Vabadussoja_Ajaloo_Komitee, lk 5
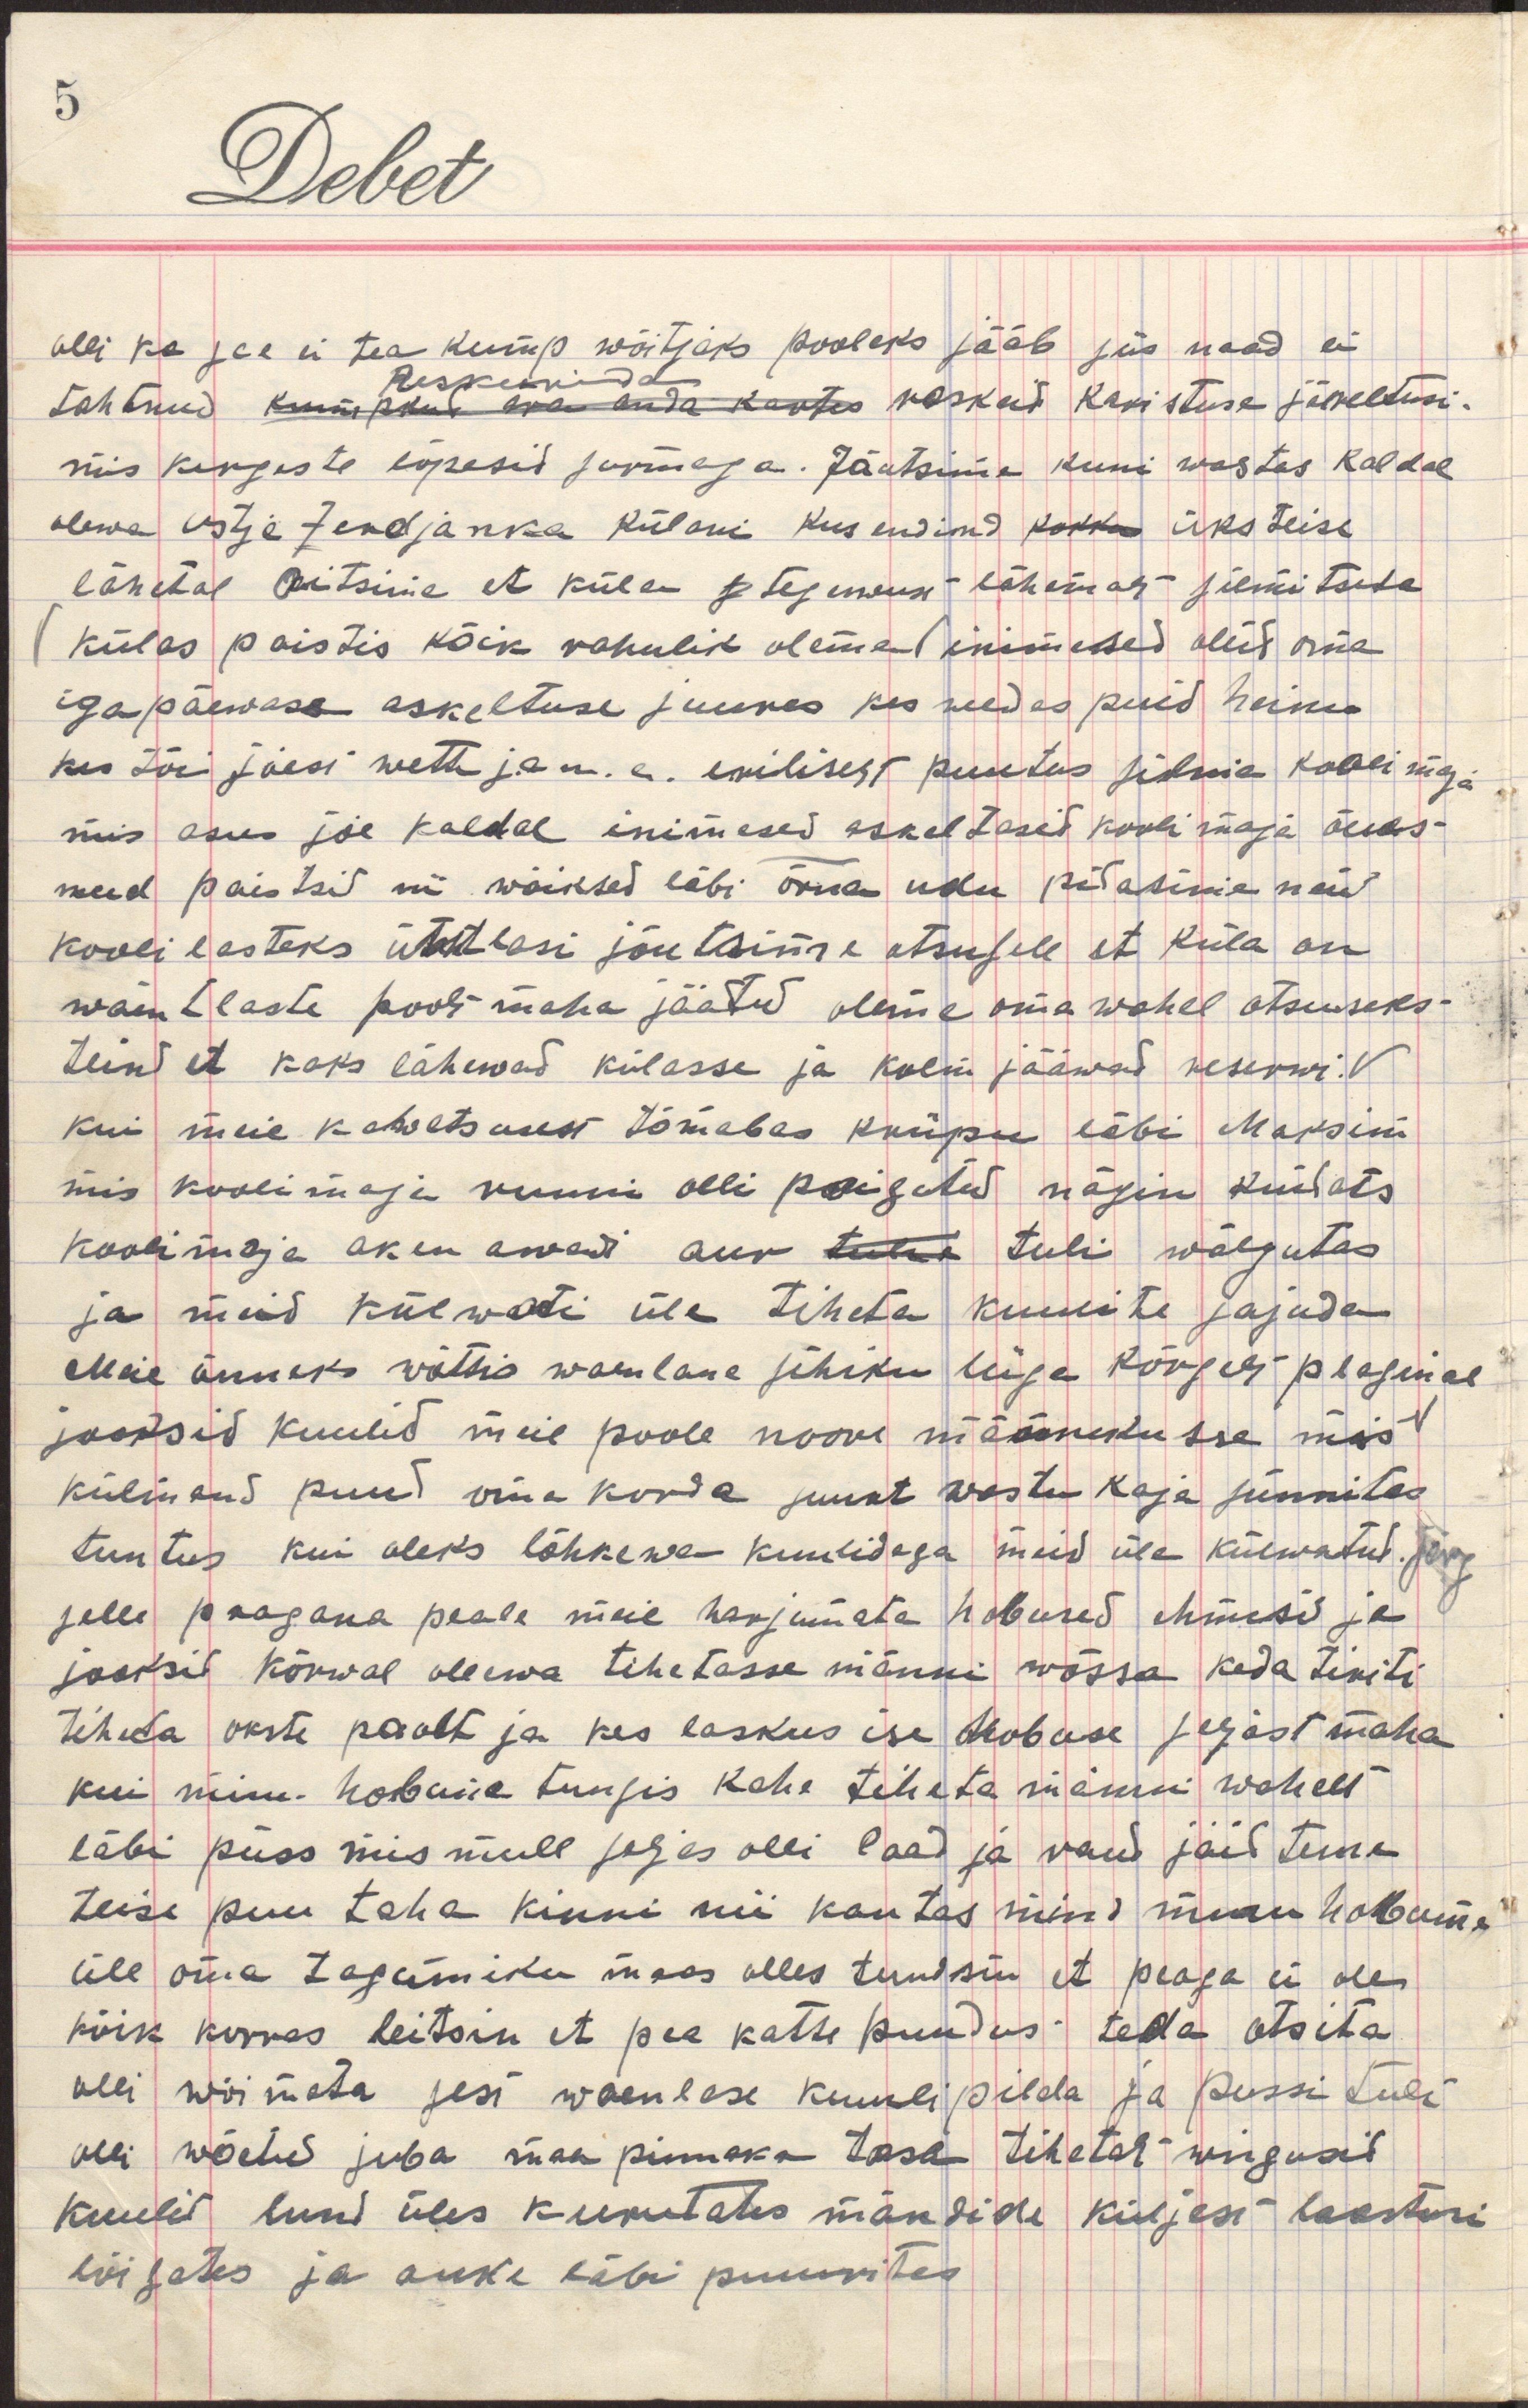
olli ka see ei tea kump wõitjaks jääb ja naad ei
tahtnud kumpkid ära anda kautes rasked karistuse järeldusi,
mis kergeste lõpesid surmaga. Jõutsime kuni wastas kaldal
olewa Ustje Zendjanka külani kus endind kokku üks teise
lähedal leitsime et küla tegewust lähemalt silmitseda
külas paistis kõik rahulik olema inimesed olid oma
igapäewase askeltuse juures kes wedas puid heina
kes tõi jõest wett ja n. e. eriliselt puutus silma kooli maja
mis asus jõe kaldal inimesed askeltasid kooli maja õues
need paistsid nii wäiksed läbi õrna udu pidasime neid
kooli lasteks ühtlasi jõutsime otsusele et küla on
waenllaste poolt maha jäetud oleme oma wahel otsuseks
teind et kaks lähewad külasse ja kolm jääwad reserwi.
Kui meie kahetsusest tõmabas kriipsu läbi Maksim
mis kooli maja ruumi olli paigutud nägin kuidats
koolimaja aken awadi aur tulwa tuli wälgutas
ja meid külwati üle tiheda kuulite sajuda
Meie õnneks wõttis waenlane sihiku liiga kõrgelt plaginal
jaotsid kuulid meie poole noore männikusse mis
külmend puud oma korda suurt wastu kaja sünnitas
tuntus kui oleks lõhkewe-kuulidega meid üle külwatud
selle pragana peale meie harjumata hobused ehmusid ja 
jooksid kõrwal olewa tihetasse männi wõssa keda tiriti
tiheda okste pealt ja kes laskus ise hobuse seljast maha
kui minu hobune tungis kahe tiheta männi wahelt
läbi püss mis mull seljas olli laad ja raud jäid teina
teise puu taha kinni nii kautas mind minu hobune
üle oma tagumiku maas olles tundsin et peaga ei ole
kõik korras leitsin et pea katte puudus teda otsita
olli wõimata sest waenlase kuulipilda ja pussi tuli
olli wõetud juba maa pinnaka tasa tihetat wingusid
kuulid lund üles kuumutates mändide küljest laastusi
lõigates ja auke läbi puuritas